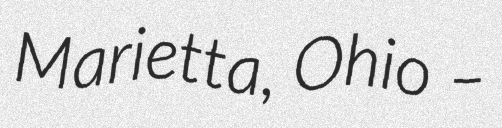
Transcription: Marietta, Ohio –